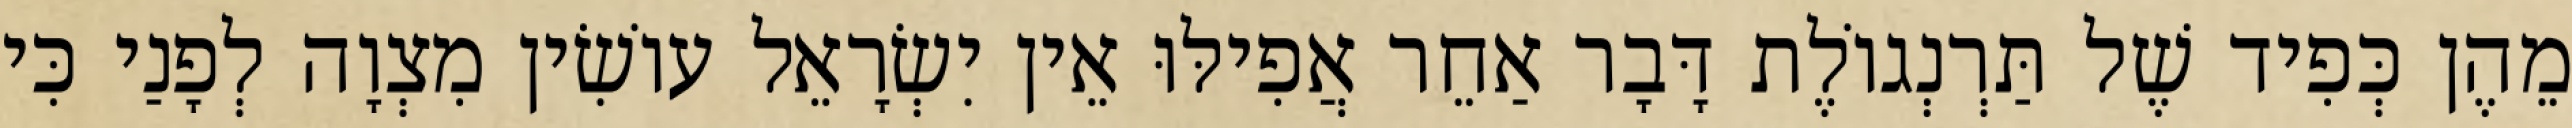
מֵהֶן כְּפִיד שֶׁל תַּרְנְגוֹלֶת דָּבָר אַחֵר אֲפִילּוּ אֵין יִשְׂרָאֵל עוֹשִׂין מִצְוָה לְפָנַי כִּי